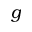
g